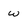
Character: w